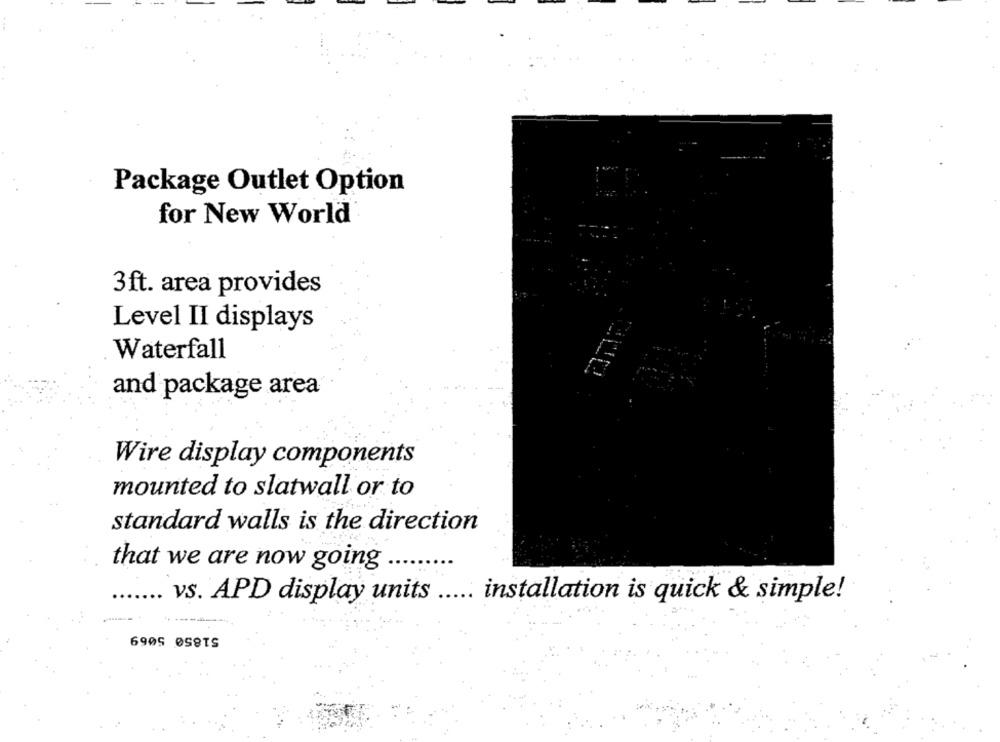
Package Outlet Option
for New World
3ft. area provides
Level II displays
Waterfall
and package area
Wire display components
mounted to slatwall or to
standard walls is the direction
that we are now going
.. vs. APD display units
installation is quick & simple!
51850 5069